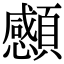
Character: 䫲